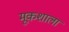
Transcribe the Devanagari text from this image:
मूकशाला